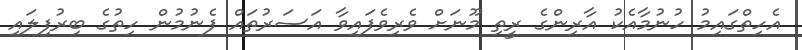
އެހިތްގައިމު ހުނުމާއެކު އާރިންގެ ރީތި މޫނަށް ވެރިވެފައިވާ އަސަރުތައް ފެނުމުން ހިތުގެ ބިރުފިލައި